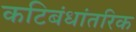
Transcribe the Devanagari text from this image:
कटिबंधांतरिक